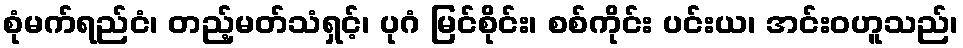
စုံမက်ရည်ငံ၊ တည့်မတ်သံရှင့်၊ ပုဂံ မြင်စိုင်း၊ စစ်ကိုင်း ပင်းယ၊ အင်းဝဟူသည်၊